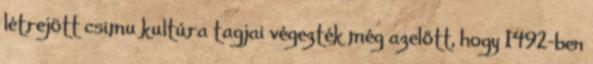
létrejött csimu kultúra tagjai végezték még azelőtt, hogy 1492-ben